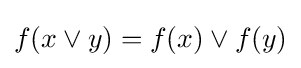
f(x\lor y)=f(x)\lor f(y)